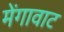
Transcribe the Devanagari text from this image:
मेंगावाट